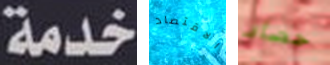
خدمة الاقتصاد حصاد